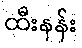
ထီးနန်း